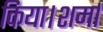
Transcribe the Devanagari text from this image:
किया।शर्मा